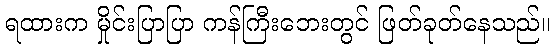
ရထားက မှိုင်းပြာပြာ ကန်ကြီးဘေးတွင် ဖြတ်ခုတ်နေသည်။